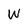
Character: W